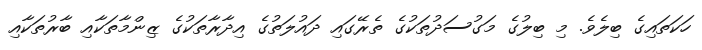
ހަކަތައިގެ ބިލެވެ. މި ބިލުގެ މަގުސަދުތަކުގެ ތެރޭގައި ދައުލަތުގެ އިދާރާތަކުގެ ޒިންމާތަކާއި ބާރުތަކާއި